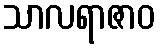
သာလရာဇာဝ